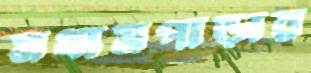
মধ্যমপাড়ার